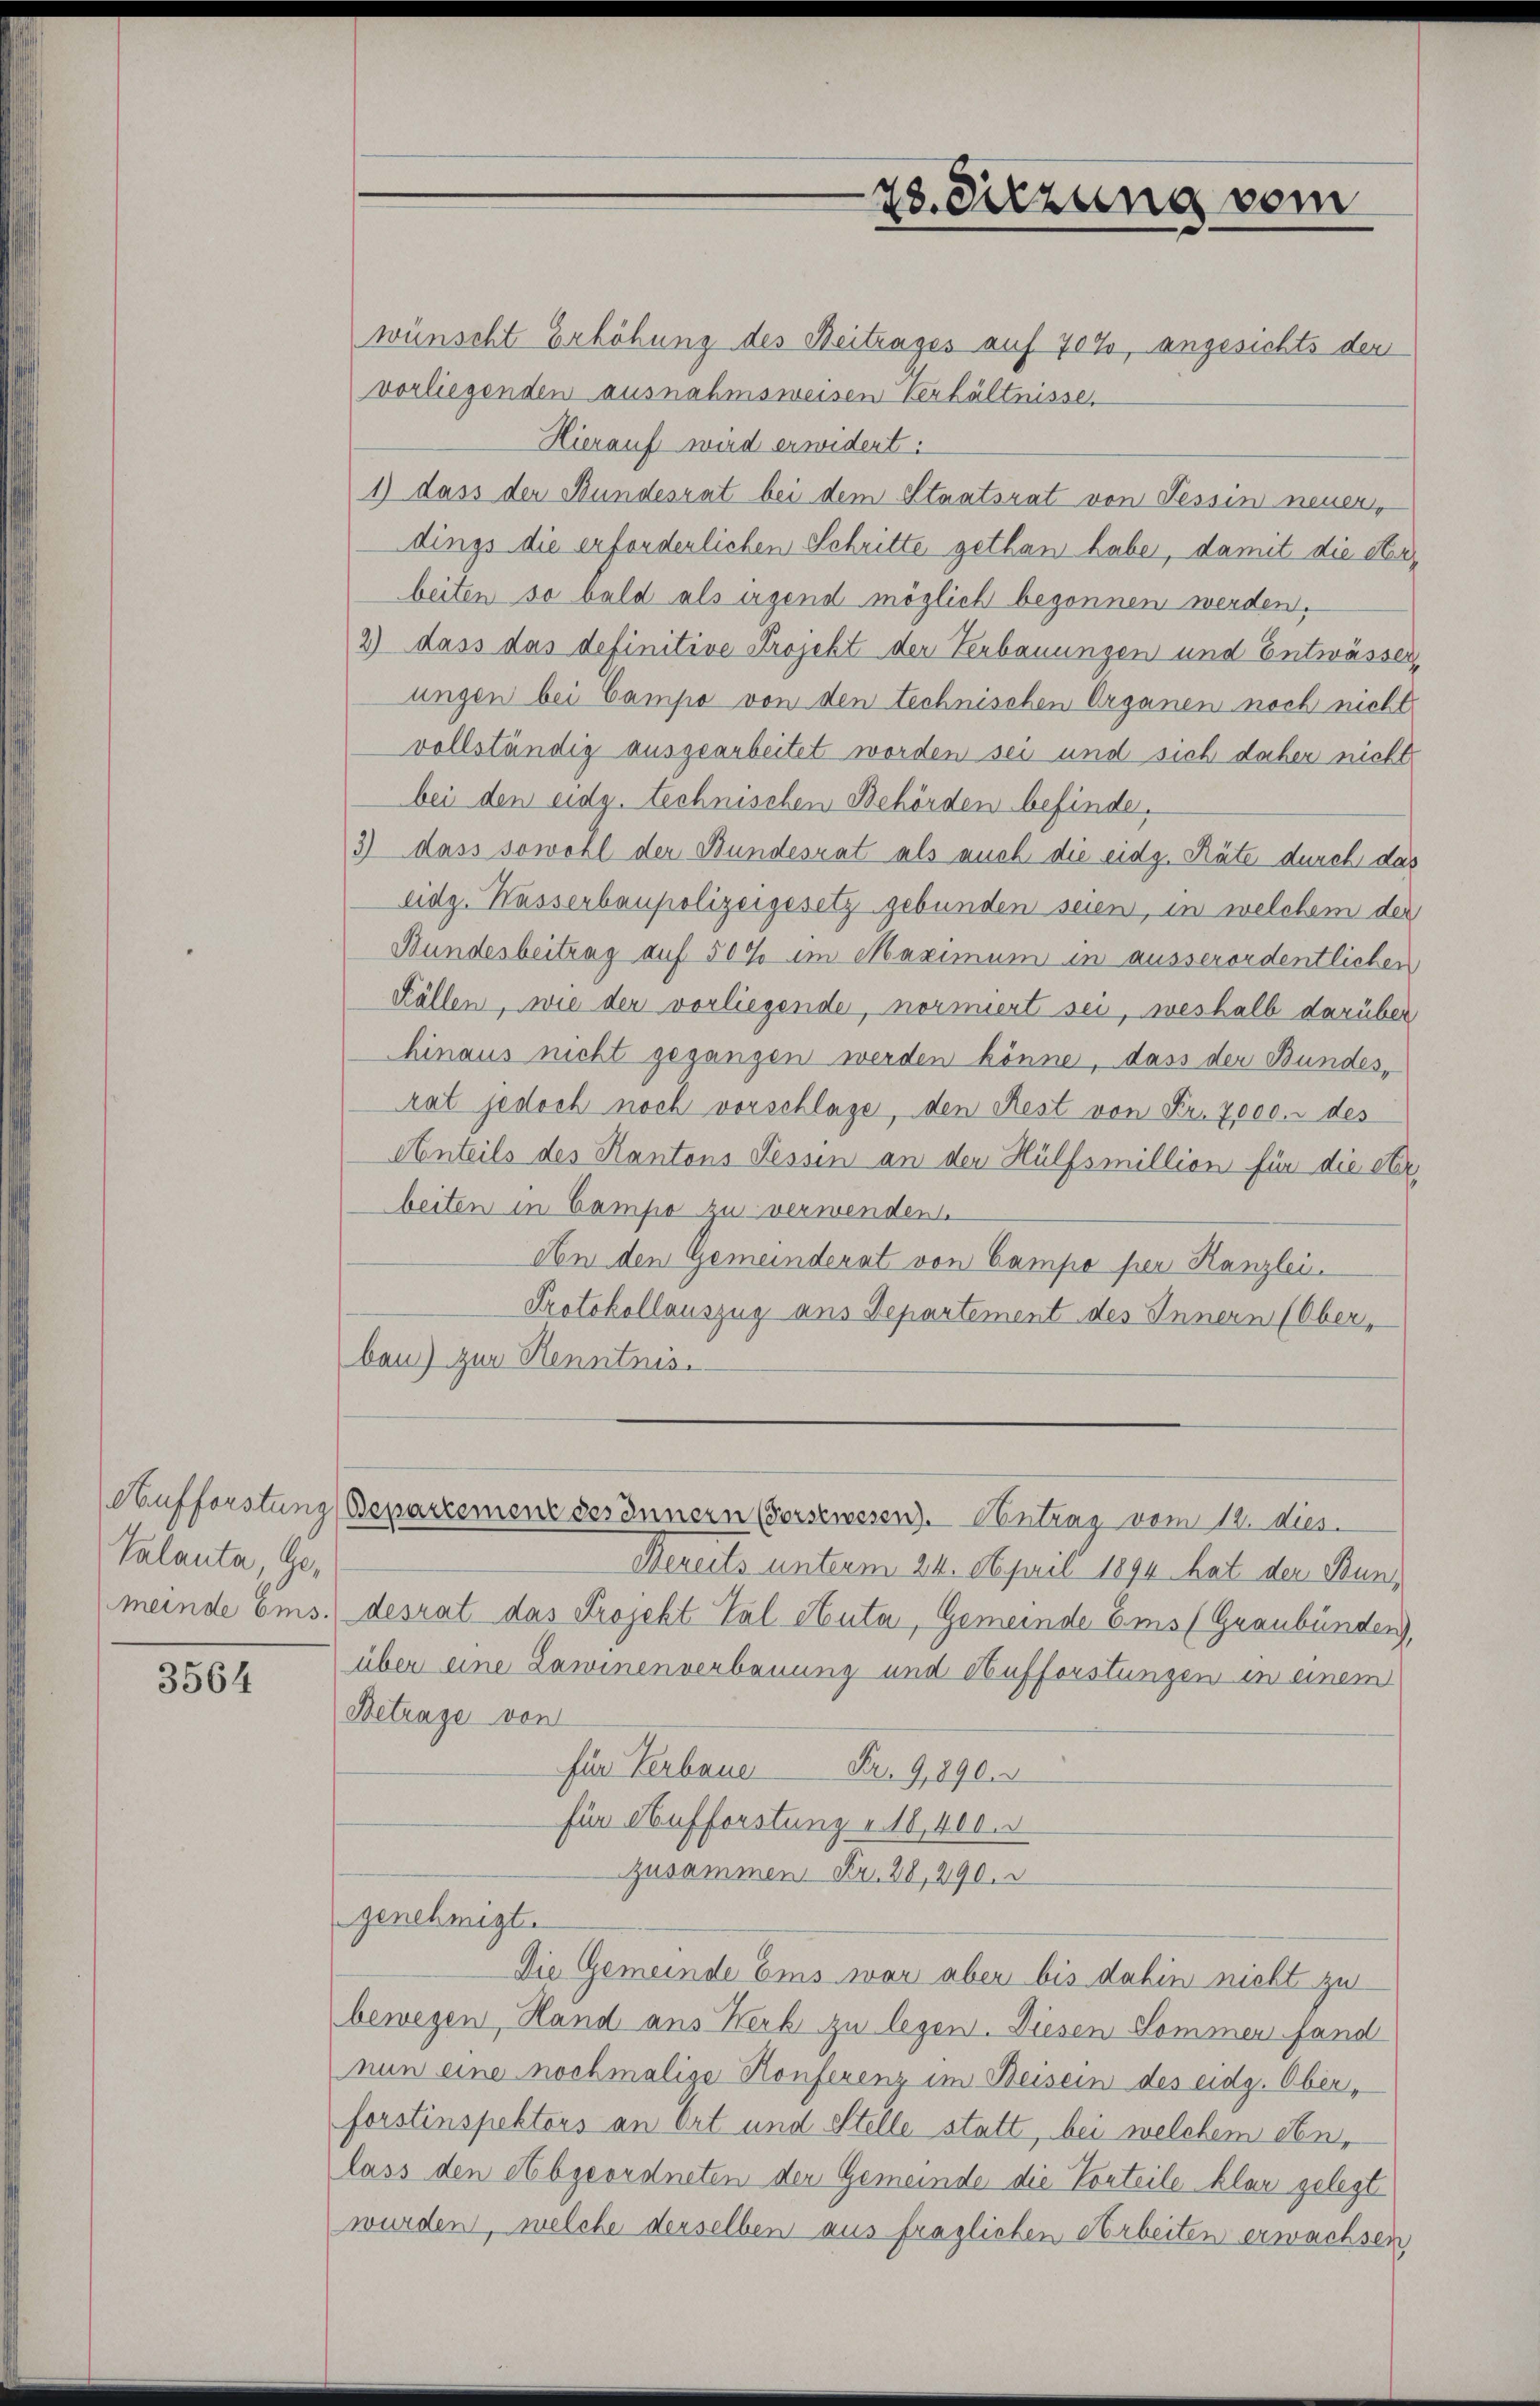
Valanta, Ge¬

3564

wünscht Erhöhung des Beitrages auf 70 %, angesichts den
vorliegenden ausnahmsweisen verhältnisse.
Hierauf wird erwidert.
1) dass der Bundesrat bei dem Staatsrat von Tessin neuen,
dings die erforderlichen Schritte gethan habe, damit die Sterbeiten so bald als irgend möglich begonnen werden.
2) dass das definitive Projekt der Verbauungen und Entwässer,
ungen bei Campe von den technischen Organen noch nicht
vollständig ausgearbeitet worden sei und sich daher nicht
bei den eidg. technischen Behörden befinde.
3) dass sowohl der Bundesrat als auch die eidg. Räte durch das
eidg. Wasserbaupolizeigesetz gebunden seien, in welchem der
Bundesbeitrag auf 50% im Maximum in ausserordentlichen
Källen, wie der vorliegende, normiert sei, weshalb darüber
hinaus nicht gegangen werden könne, dass der Bundes,
rat jedoch noch vorschlage, den Rest von Fr. 7000. des
Anteils des Kantons Tessin an den Hülfsmillion für die Sterbeiten in Campe zu verwenden.
An den Gemeinderat von Campo per Kanzlei.
Protokollauszug aus Departement des Innern (Ober-
bau) zur Kenntnis.

28. Diezung vom

Dereits unterm 24. April 1894 hat der Bunmeinde Ems. desrat das Projekt Pal Auta, Gemeinde Ems (Graubünden),
über eine Lawinenverbauung und Aufforstungen in einem
Betrage von
für Verbaue Fr. 9,890.
für Aufforstung u. 10,400.
zusammen Fr. 28, 290.
genehmigt.
Die Gemeinde Ems war aber bis dahin nicht zu
bewegen, Hand aus Kerb zu legen. Diesen Sommen fand
nun eine nochmalige Konferenz im Beisein des eidg. Oberforstinspektors an Ort und Stelle statt, bei welchem Senlass den Abgeordneten der Gemeinde die Vorteile klar gelegte
wurden, welche derselben aus fraglichen Arbeiten erwachsen

Aaufforstung (Bepartement des Innern (Vorsewesen). Antrag vom 12. dies